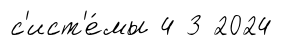
с'ист'е́мы 4 3 2024